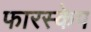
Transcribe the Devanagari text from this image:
फारस्केप